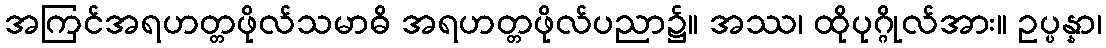
အကြင်အရဟတ္တဖိုလ်သမာဓိ အရဟတ္တဖိုလ်ပညာ၌။ အဿ၊ ထိုပုဂ္ဂိုလ်အား။ ဥပ္ပန္နာ၊